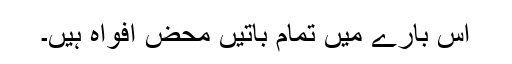
اس بارے میں تمام باتیں محض افواہ ہیں۔